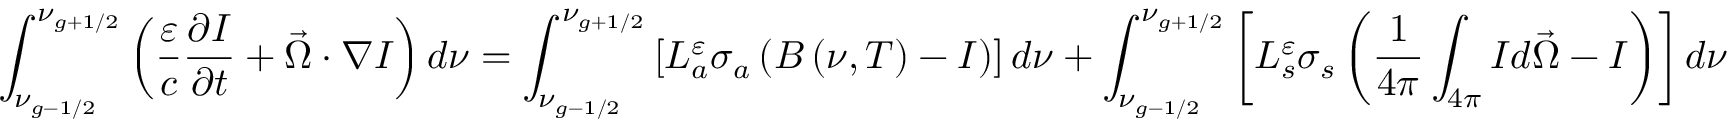
\int _ { \nu _ { g - { 1 \mathord { \left/ { \vphantom { 1 2 } } \right. \kern - \nulldelimiterspace } 2 } } } ^ { \nu _ { g + { 1 \mathord { \left/ { \vphantom { 1 2 } } \right. \kern - \nulldelimiterspace } 2 } } } \left( \frac { \varepsilon } { c } \frac { \partial I } { \partial t } + \vec { \Omega } \cdot \nabla I \right) d \nu = \int _ { \nu _ { g - { 1 \mathord { \left/ { \vphantom { 1 2 } } \right. \kern - \nulldelimiterspace } 2 } } } ^ { \nu _ { g + { 1 \mathord { \left/ { \vphantom { 1 2 } } \right. \kern - \nulldelimiterspace } 2 } } } \left[ L _ { a } ^ { \varepsilon } \sigma _ { a } \left( B \left( \nu , T \right) - I \right) \right] d \nu + \int _ { \nu _ { g - { 1 \mathord { \left/ { \vphantom { 1 2 } } \right. \kern - \nulldelimiterspace } 2 } } } ^ { \nu _ { g + { 1 \mathord { \left/ { \vphantom { 1 2 } } \right. \kern - \nulldelimiterspace } 2 } } } \left[ L _ { s } ^ { \varepsilon } \sigma _ { s } \left( \frac { 1 } { 4 \pi } \int _ { 4 \pi } I d \vec { \Omega } - I \right) \right] d \nu